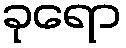
ခုရော